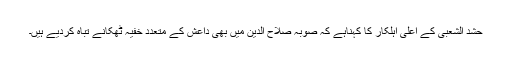
حشد الشعبی کے اعلی اہلکار کا کہناہے کہ صوبہ صلاح الدین میں بھی داعش کے متعدد خفیہ ٹھکانے تباہ کردیے ہیں۔